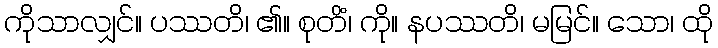
ကိုသာလျှင်။ ပဿတိ၊ ၏။ စုတိံ၊ ကို။ နပဿတိ၊ မမြင်။ သော၊ ထို